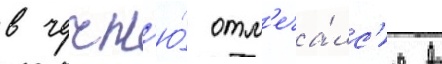
в чечн'ю́ отм'еча́лс'я в